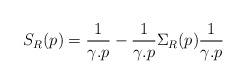
LaTeX: \begin{align*}S_R(p)=\frac{1}{\gamma.p}-\frac{1}{\gamma.p}\Sigma_R(p)\frac{1}{\gamma.p}\end{align*}